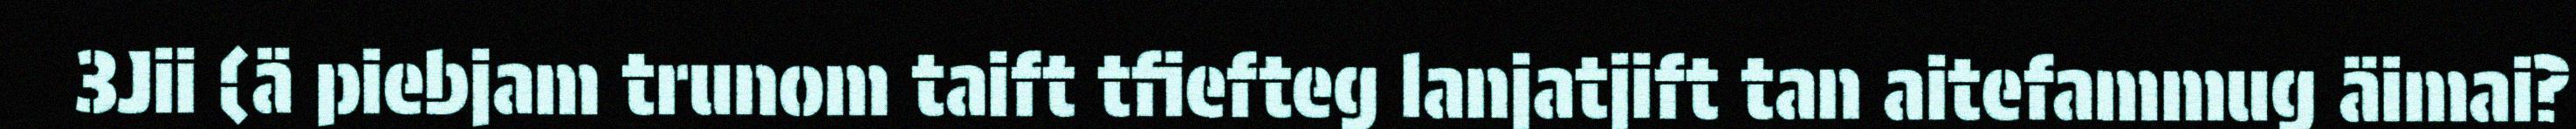
3Jii (ä piebjam trunom taift tfiefteg lanjatjift tan aitefammug äimai?